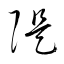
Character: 隄